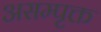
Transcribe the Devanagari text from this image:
असम्पृक्त